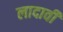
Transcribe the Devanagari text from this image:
लादावी